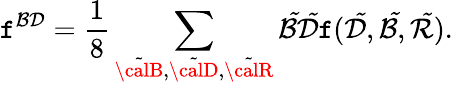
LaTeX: \mathtt{f}^{{\cal{B}}{\cal{D}}}=\frac{{1}}{{8}}\sum_{\tilde{{\calB}},\tilde{{\calD}},\tilde{{\calR}}}{\cal\tilde{{B}}}{\cal\tilde{{D}}}\mathtt{f}({\cal\tilde{{D}}},{\cal\tilde{{B}}},{\cal\tilde{{R}}}).